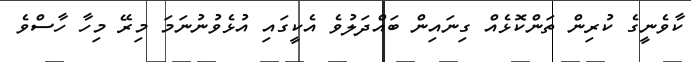
ކާވެނީގެ ކުރިން ތަންކޮޅެއް ގިނައިން ބައްދަލުވެ އެކީގައި އުޅެވުނުނަމަ މިރޭ މިހާ ހާސްވެ